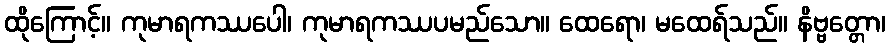
ထိုကြောင့်။ ကုမာရကဿပေါ၊ ကုမာရကဿပမည်သော။ ထေရော၊ မထေရ်သည်။ နိဗ္ဗတ္တော၊